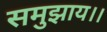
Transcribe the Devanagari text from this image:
समुझाय।।